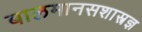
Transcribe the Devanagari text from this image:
बालमानसशास्त्रज्ञ